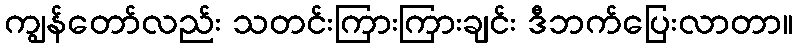
ကျွန်တော်လည်း သတင်းကြားကြားချင်း ဒီဘက်ပြေးလာတာ။